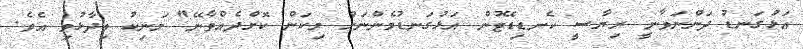
އަޅުގަނޑު ދަންނަވާނީ ރިޔާސީ ކެނޑިޑޭޓުން އަޅުގަނޑުމެންނަށް މިކަން ކޮށްދެއްވާނޭ" މަނިކު ވިދާޅުވި އެވެ.